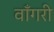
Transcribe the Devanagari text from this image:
वाँगरी